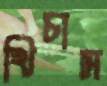
খিচাস